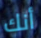
أنك